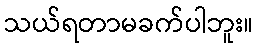
သယ်ရတာမခက်ပါဘူး။